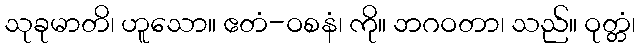
သုခုမာတိ၊ ဟူသော။ ဧတံ-ဝစနံ၊ ကို။ ဘဂဝတာ၊ သည်။ ဝုတ္တံ၊